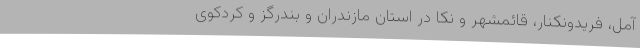
آمل، فریدونکنار، قائمشهر و نکا در استان مازندران و بندرگز و کردکوی